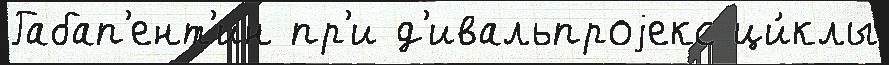
Габап'ент'ин пр'и д'ивальпроjекс ци́клы